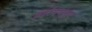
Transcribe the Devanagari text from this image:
शारंगधनुष